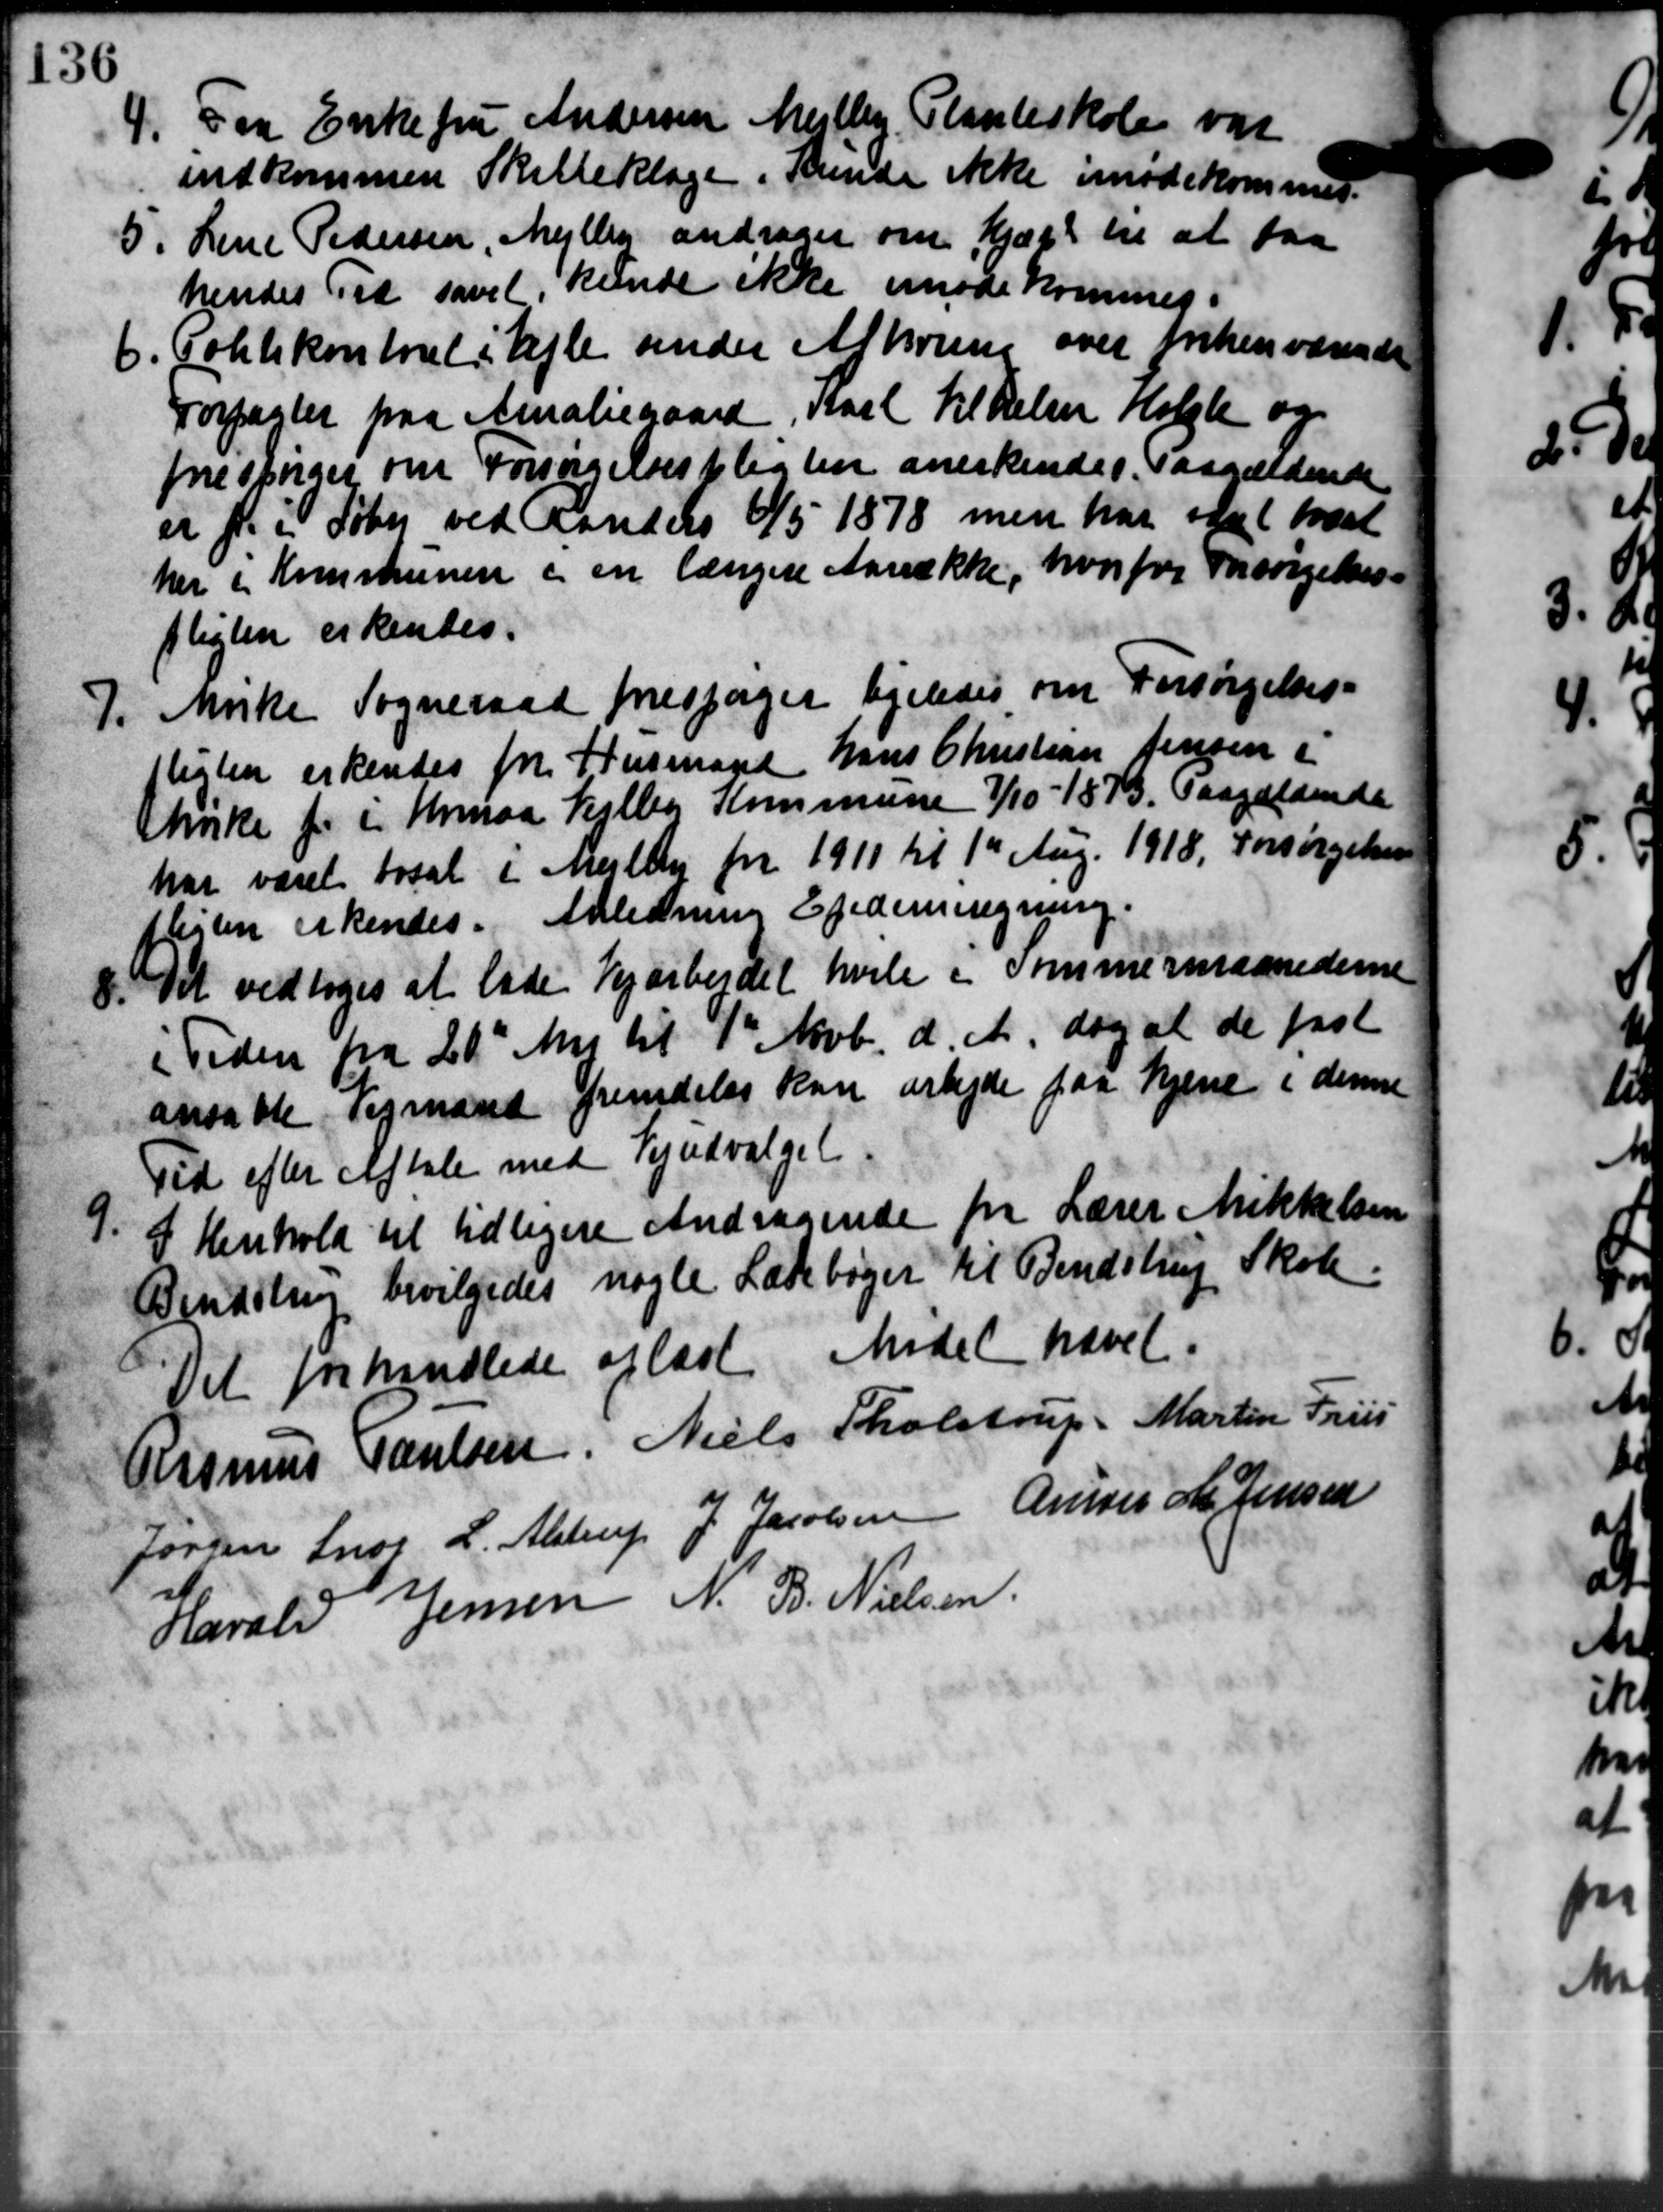
Transskription:
4.
Fra Enke fru Andersen Mejlby, Planteskole var
indkommen Skatteklage i Kunde ikke imødekommet.
5.
Lene Pedersen, Mejlby andrager om Hjælp til at faa
hendes Til savel kunde ikke imøde kommet.
6.
Politikontoret i Ejle under Afhøring over forhenværende
Forpagter paa Amaliegaard, Karl til Helen Holste og
forespørges om Forsørgelsespligten anerkendes. Paagældende
er for i Søby ved Randers 6/5 1878, men har skal læst
her i Kommunen i en længere Aarrække, hvor for Forsørgelses-
pligten erkendes.
7.
Mike Sogneraad forespørger ligeledes om Forsørgelses-
pligten erkendes for Husmand Hans Christian Jensen i
Enke for i Hermaa Vejlby Kommune 7/10 - 1873. Paagældende
har været foral i Mejlby for 1911 til 1ste Aug. 1918. Forsørgelse
plisten erkendes. Anledning Epedemigning.
8. Det vedtoges at lade Vejarbejdet hvile i Sommermaanedes
8. Det vedtoges at lade Vejarbejdet hvile i Sommermaanedes
i Tiden fra 20de Mai til 7de Novb. d. A. dog at de fas
ansatte Vejmand fremdelig kan arbejde paa hjem i den
Tid efter Aftale med Vejudvalget.
9.
I Henhold til tidligere Andragende fra Lærer Mikker
Bendstien bevilgedes nogle Læsebøger til Bendstrup Skole
Det forhandlede oplæst Mødet hævet.
Rasmus Poulsen, Niels Tholstrup: Martin Friis
Jørgen Snog L. Alstrup J. Jacobsen Ander M. Jensen
Harald Jensen N. B. Nielsen